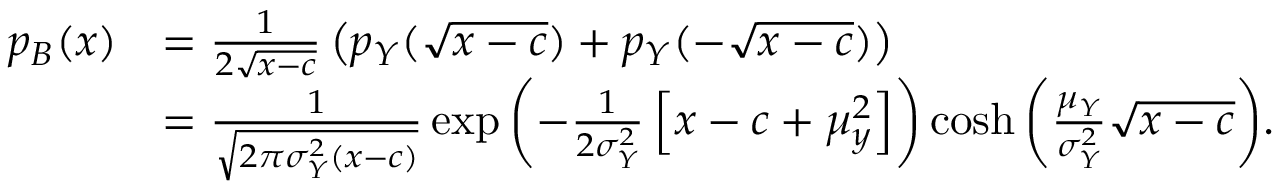
\begin{array} { r l } { p _ { B } ( x ) } & { = \frac { 1 } { 2 \sqrt { x - c } } \left( p _ { Y } ( \sqrt { x - c } ) + p _ { Y } ( - \sqrt { x - c } ) \right) } \\ & { = \frac { 1 } { \sqrt { 2 \pi \sigma _ { Y } ^ { 2 } \left( x - c \right) } } \exp { \left( - \frac { 1 } { 2 \sigma _ { Y } ^ { 2 } } \left[ x - c + \mu _ { y } ^ { 2 } \right] \right) } \cosh { \left( \frac { \mu _ { Y } } { \sigma _ { Y } ^ { 2 } } \sqrt { x - c } \right) } . } \end{array}